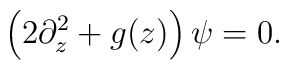
\left(2\partial^2_z+g(z)\right)\psi=0.